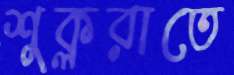
শুক্লরাতে